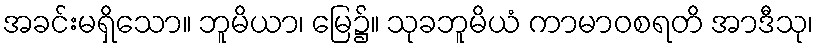
အခင်းမရှိသော။ ဘူမိယာ၊ မြေ၌။ သုခဘူမိယံ ကာမာဝစရတိ အာဒီသု၊